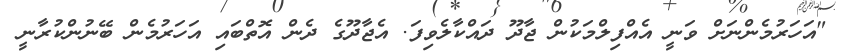
"އަހަރުމެންނަށް ވަނީ އެއްފިލްމަކުން ޖާދޫ ދައްކާލެވިފަ. އެޖާދޫގެ ދެން އޮތްބައި އަހަރުމެން ބޭނުންކުރާނީ